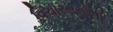
વિચારસરણીની